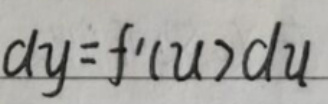
\[
dy = f^{\prime}(u)du
\]